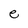
Character: e